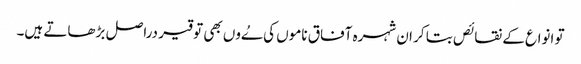
تو انواع کے نقائص بتا کر ان شہرہ آفاق ناموں کی ےُوں بھی توقیر دراصل بڑھاتے ہیں۔